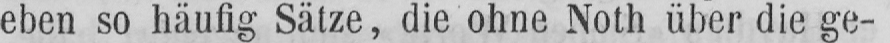
eben so häufig Sätze, die ohne Noth über die ge-